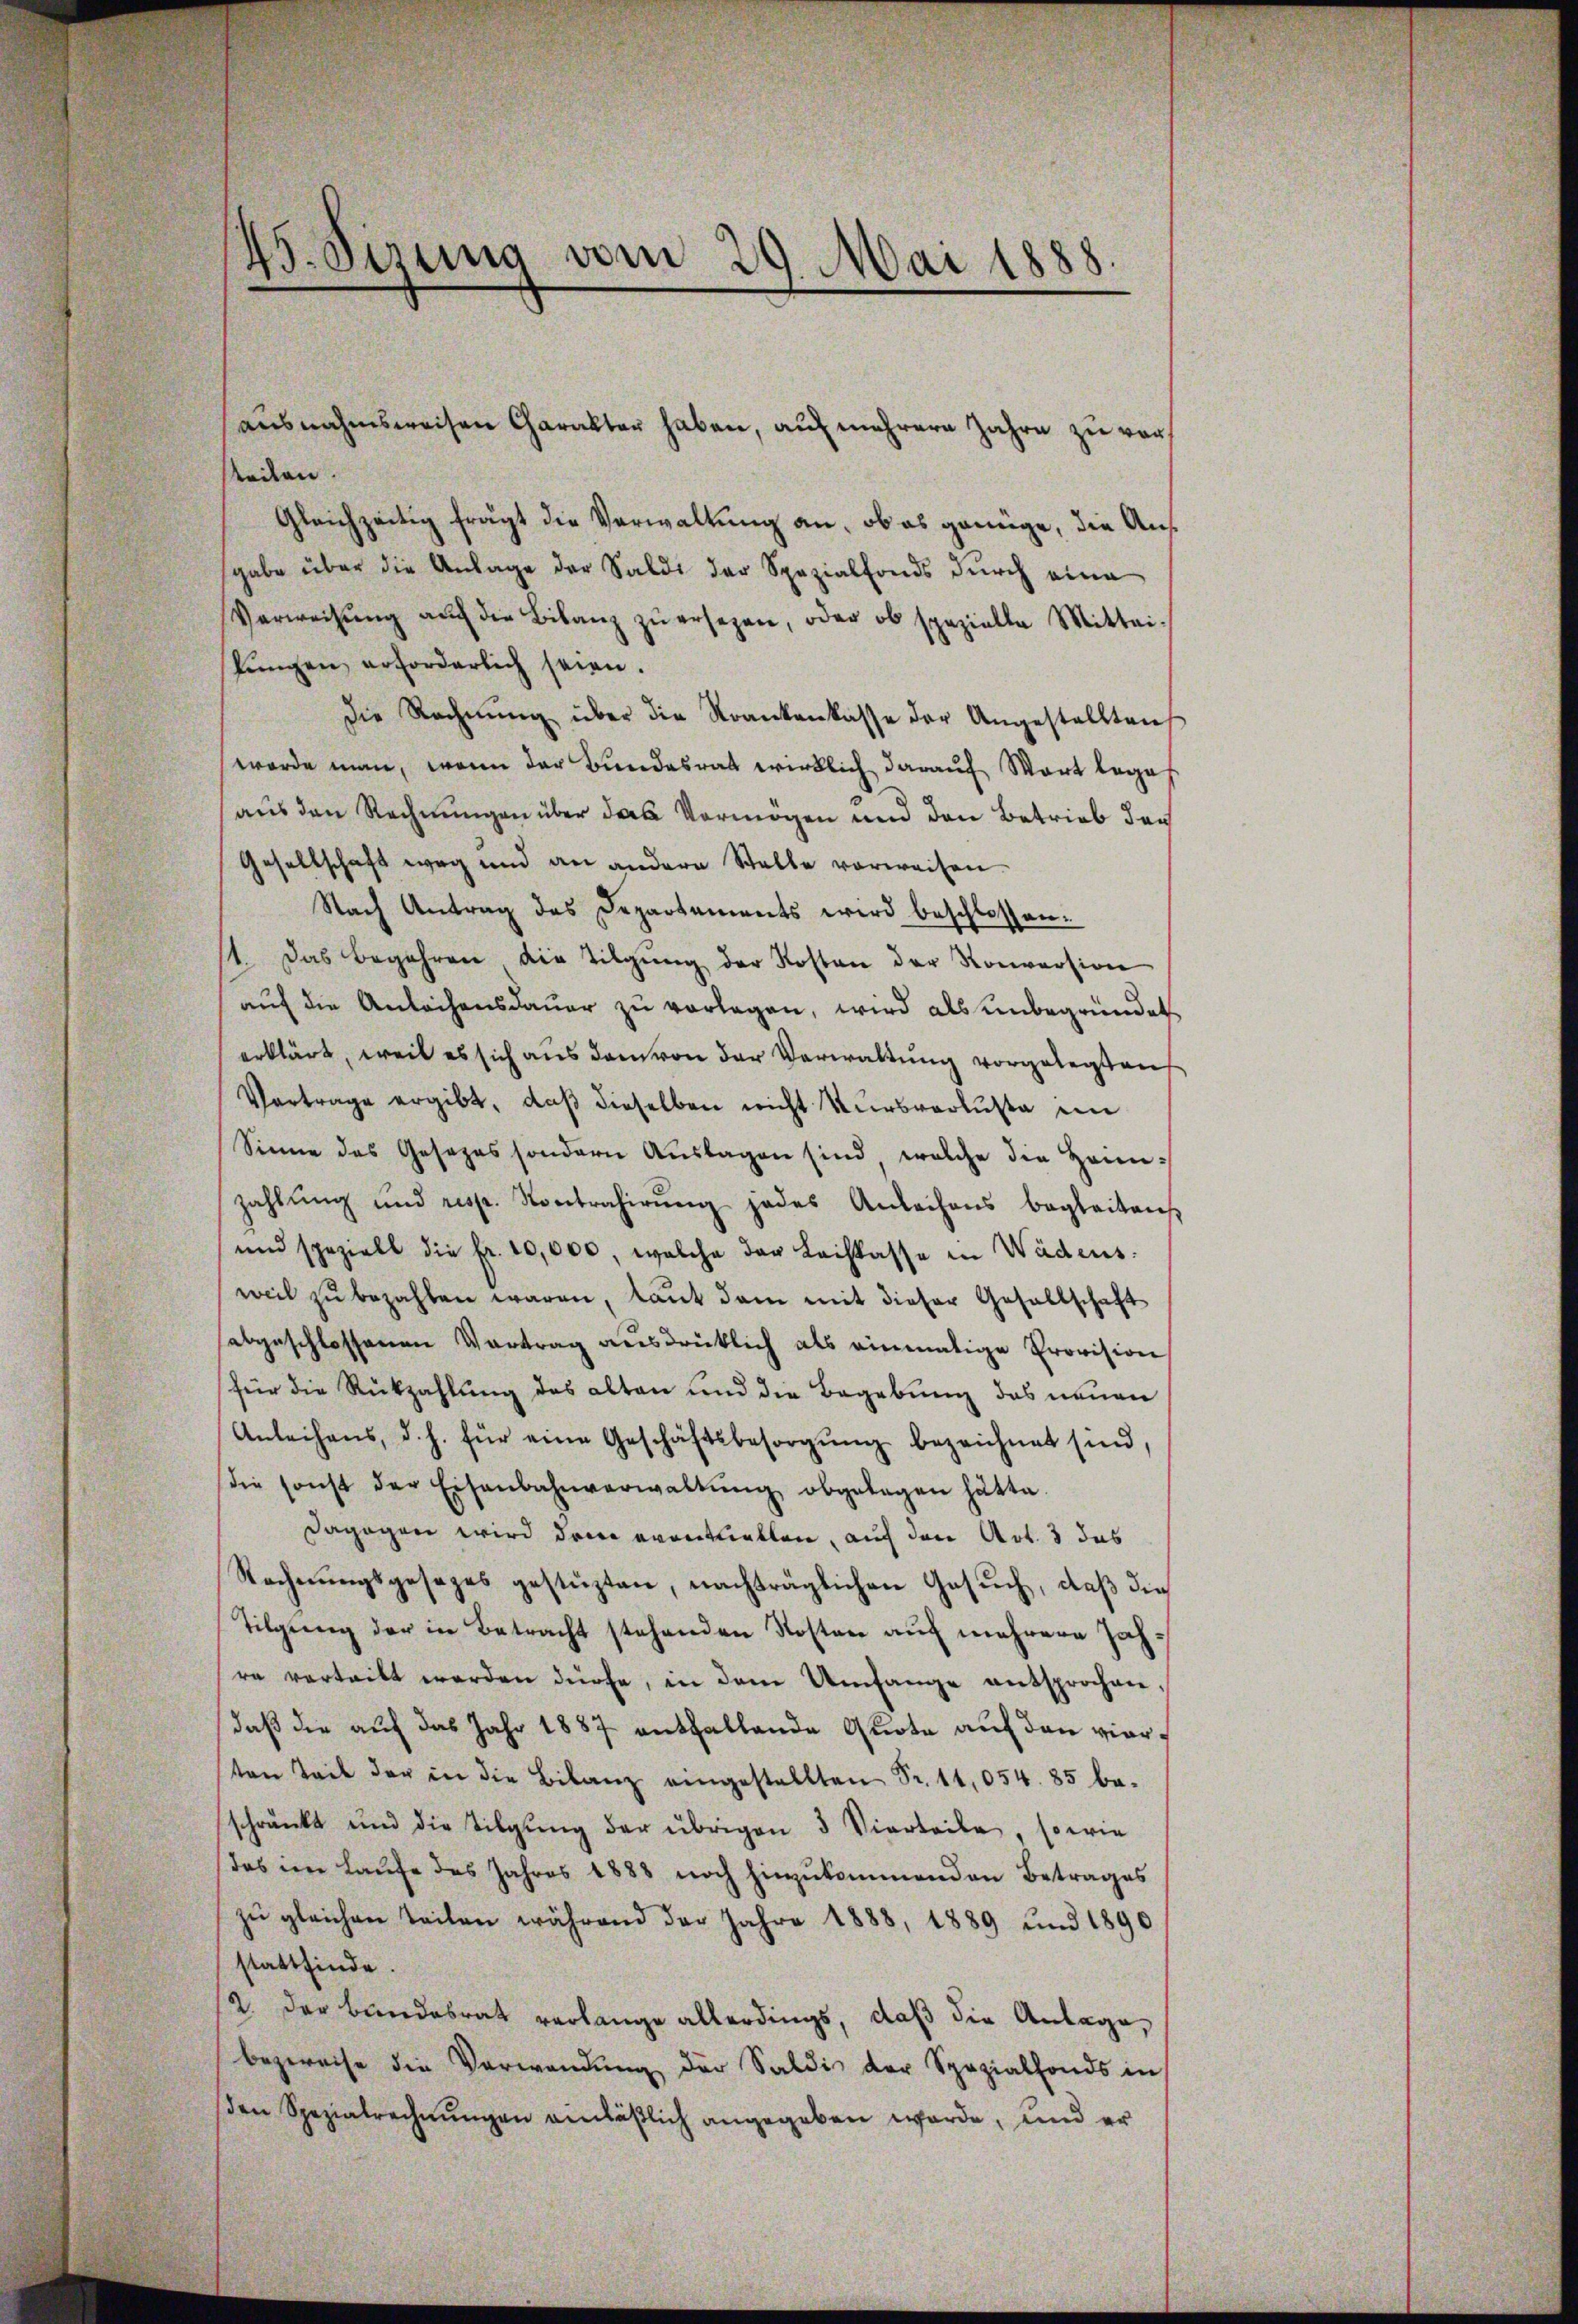
teilen.
Gleichzeitig frägt die Verwaltung an, ob es genüge, die Aus
sgabe über die Anlage der Saldi der Spezialfonds dŭrch eine
Verweisŭng aŭf die Bilanz zŭ ersezen, oder ob spezielle Mittei-
pŭngen erforderlich seien.
die Rechnŭng über die Krankenkasse der Angestellten
werde man, wenn der Bundesrat wirklich darauf Wort lege
aus den Rechnungen über das Vermögen und den Betrieb den
Gesellschaft weg und an andere Stelle vorweisen.
Nach Antrag des Departements wird beschlossen:
1. Das Begehren die Tilgŭng der Kosten der Konversion
auf die Anleihensdauer zu vorlagen, wird als unbegründet
erklärt, weil es sich aus dem von der Verwaltung vorgelegt auf
Vortrage ergibt, daß dieselben nicht Kursverluste ein
Sinne des Gesezes sondern Aŭslagen sind welche die Heimzahlung und resp. Kontrahirŭng jedes Anleihens begleiten
und speziell die fr. 10,000, welche der Leihkasse in Wädens.
weil zu bezahlen waren, laut dan mit dieser Gesellschaft
abgeschlossenen Vertrag ausdrücklich als einmalige Provision
für die Rückzahlung des alten und die Begebung das neuen
Anleihens, d. h. für eine Geschäftsbesorgŭng bezeichnet sind,
die sonst der Eisenbahnverwaltŭng abgelegen hätte.
dagogen wird den eventuellen, auf den Art. 3 das
Rechnŭngsgesages gestüzten, nachträglichen Gesŭch, daβ die
Tilgung der in Betracht stehenden Kosten auf mehrere Jahre verteilt werden dürfe, in dem Umfange entsprochen,
daß die auf das Jahr 1887 enthaltende Quote auf den vierten Teil der in die Bilanz eingestellten Sr. 11,054. 85 be-
schränkt und die Tilgung der übrigen 3 Vierteile, sowie
das im Laufe des Jahres 1888 noch hinzukommenden Betrages
zŭ gleichen Teilen während der Jahre 1888, 1889 und 1890
stattfinde.
12. der Bundesrat verlange allerdings, daß die Anlage,
bezweise die Verwendung der Saldis der Spezialfonds in
den Spezialrechnŭngen einläßlich angegeben werde, und er

45. Serung vom 29. Mai 1888.

ausnahmsweisen Charakter haben, auf mehrere Jahre zu vor